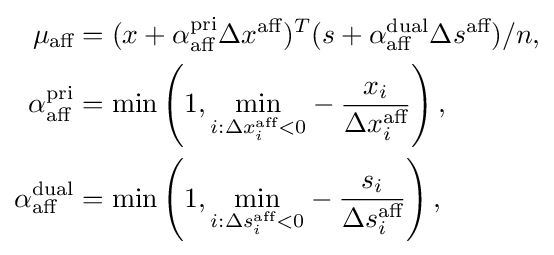
{\begin{aligned}\mu _{\text{aff}}&=(x+\alpha _{\text{aff}}^{\text{pri}}\Delta x^{\text{aff}})^{T}(s+\alpha _{\text{aff}}^{\text{dual}}\Delta s^{\text{aff}})/n,\\\alpha _{\text{aff}}^{\text{pri}}&=\min \left(1,{\underset {i:\Delta x_{i}^{\text{aff}}<0}{\min }}-{\frac {x_{i}}{\Delta x_{i}^{\text{aff}}}}\right),\\\alpha _{\text{aff}}^{\text{dual}}&=\min \left(1,{\underset {i:\Delta s_{i}^{\text{aff}}<0}{\min }}-{\frac {s_{i}}{\Delta s_{i}^{\text{aff}}}}\right),\end{aligned}}